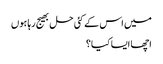
میں اس کے کئی حل بھیج رہا ہوں
اچھا ایسا کیا؟